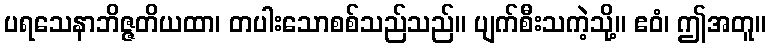
ပရသေနာဘိဇ္ဇတိယထာ၊ တပါးသောစစ်သည်သည်။ ပျက်စီးသကဲ့သို့။ ဧဝံ၊ ဤအတူ။